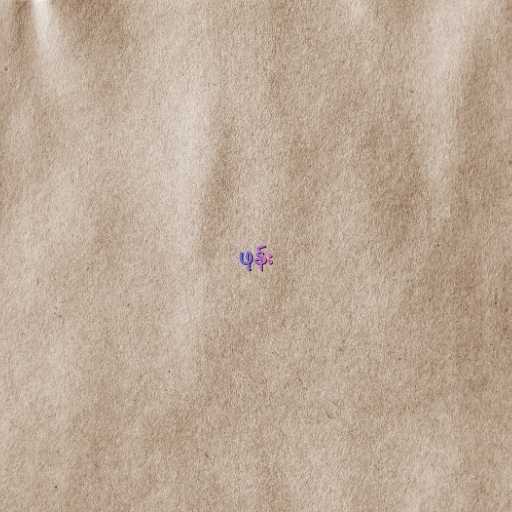
ဖုန်း